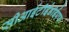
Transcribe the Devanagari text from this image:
सीआईटीईडीईएफ